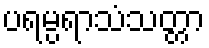
ပရမ္ပရာသံသတ္တာ